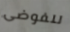
للفوضى